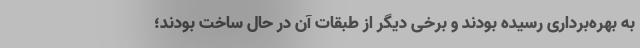
به بهره‌برداری رسیده بودند و برخی دیگر از طبقات آن در حال ساخت بودند؛